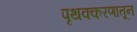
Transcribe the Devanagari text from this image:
पृथक्करणातून